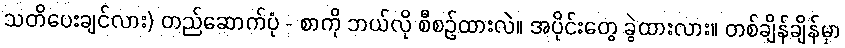
သတိပေးချင်လား) တည်ဆောက်ပုံ - စာကို ဘယ်လို စီစဉ်ထားလဲ။ အပိုင်းတွေ ခွဲထားလား။ တစ်ချိန်ချိန်မှာ